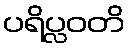
ပရိပ္လဝတိ